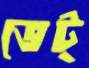
ভেট্